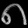
Digit: ၈